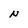
Character: N